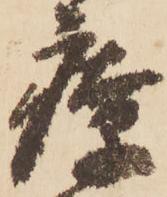
療